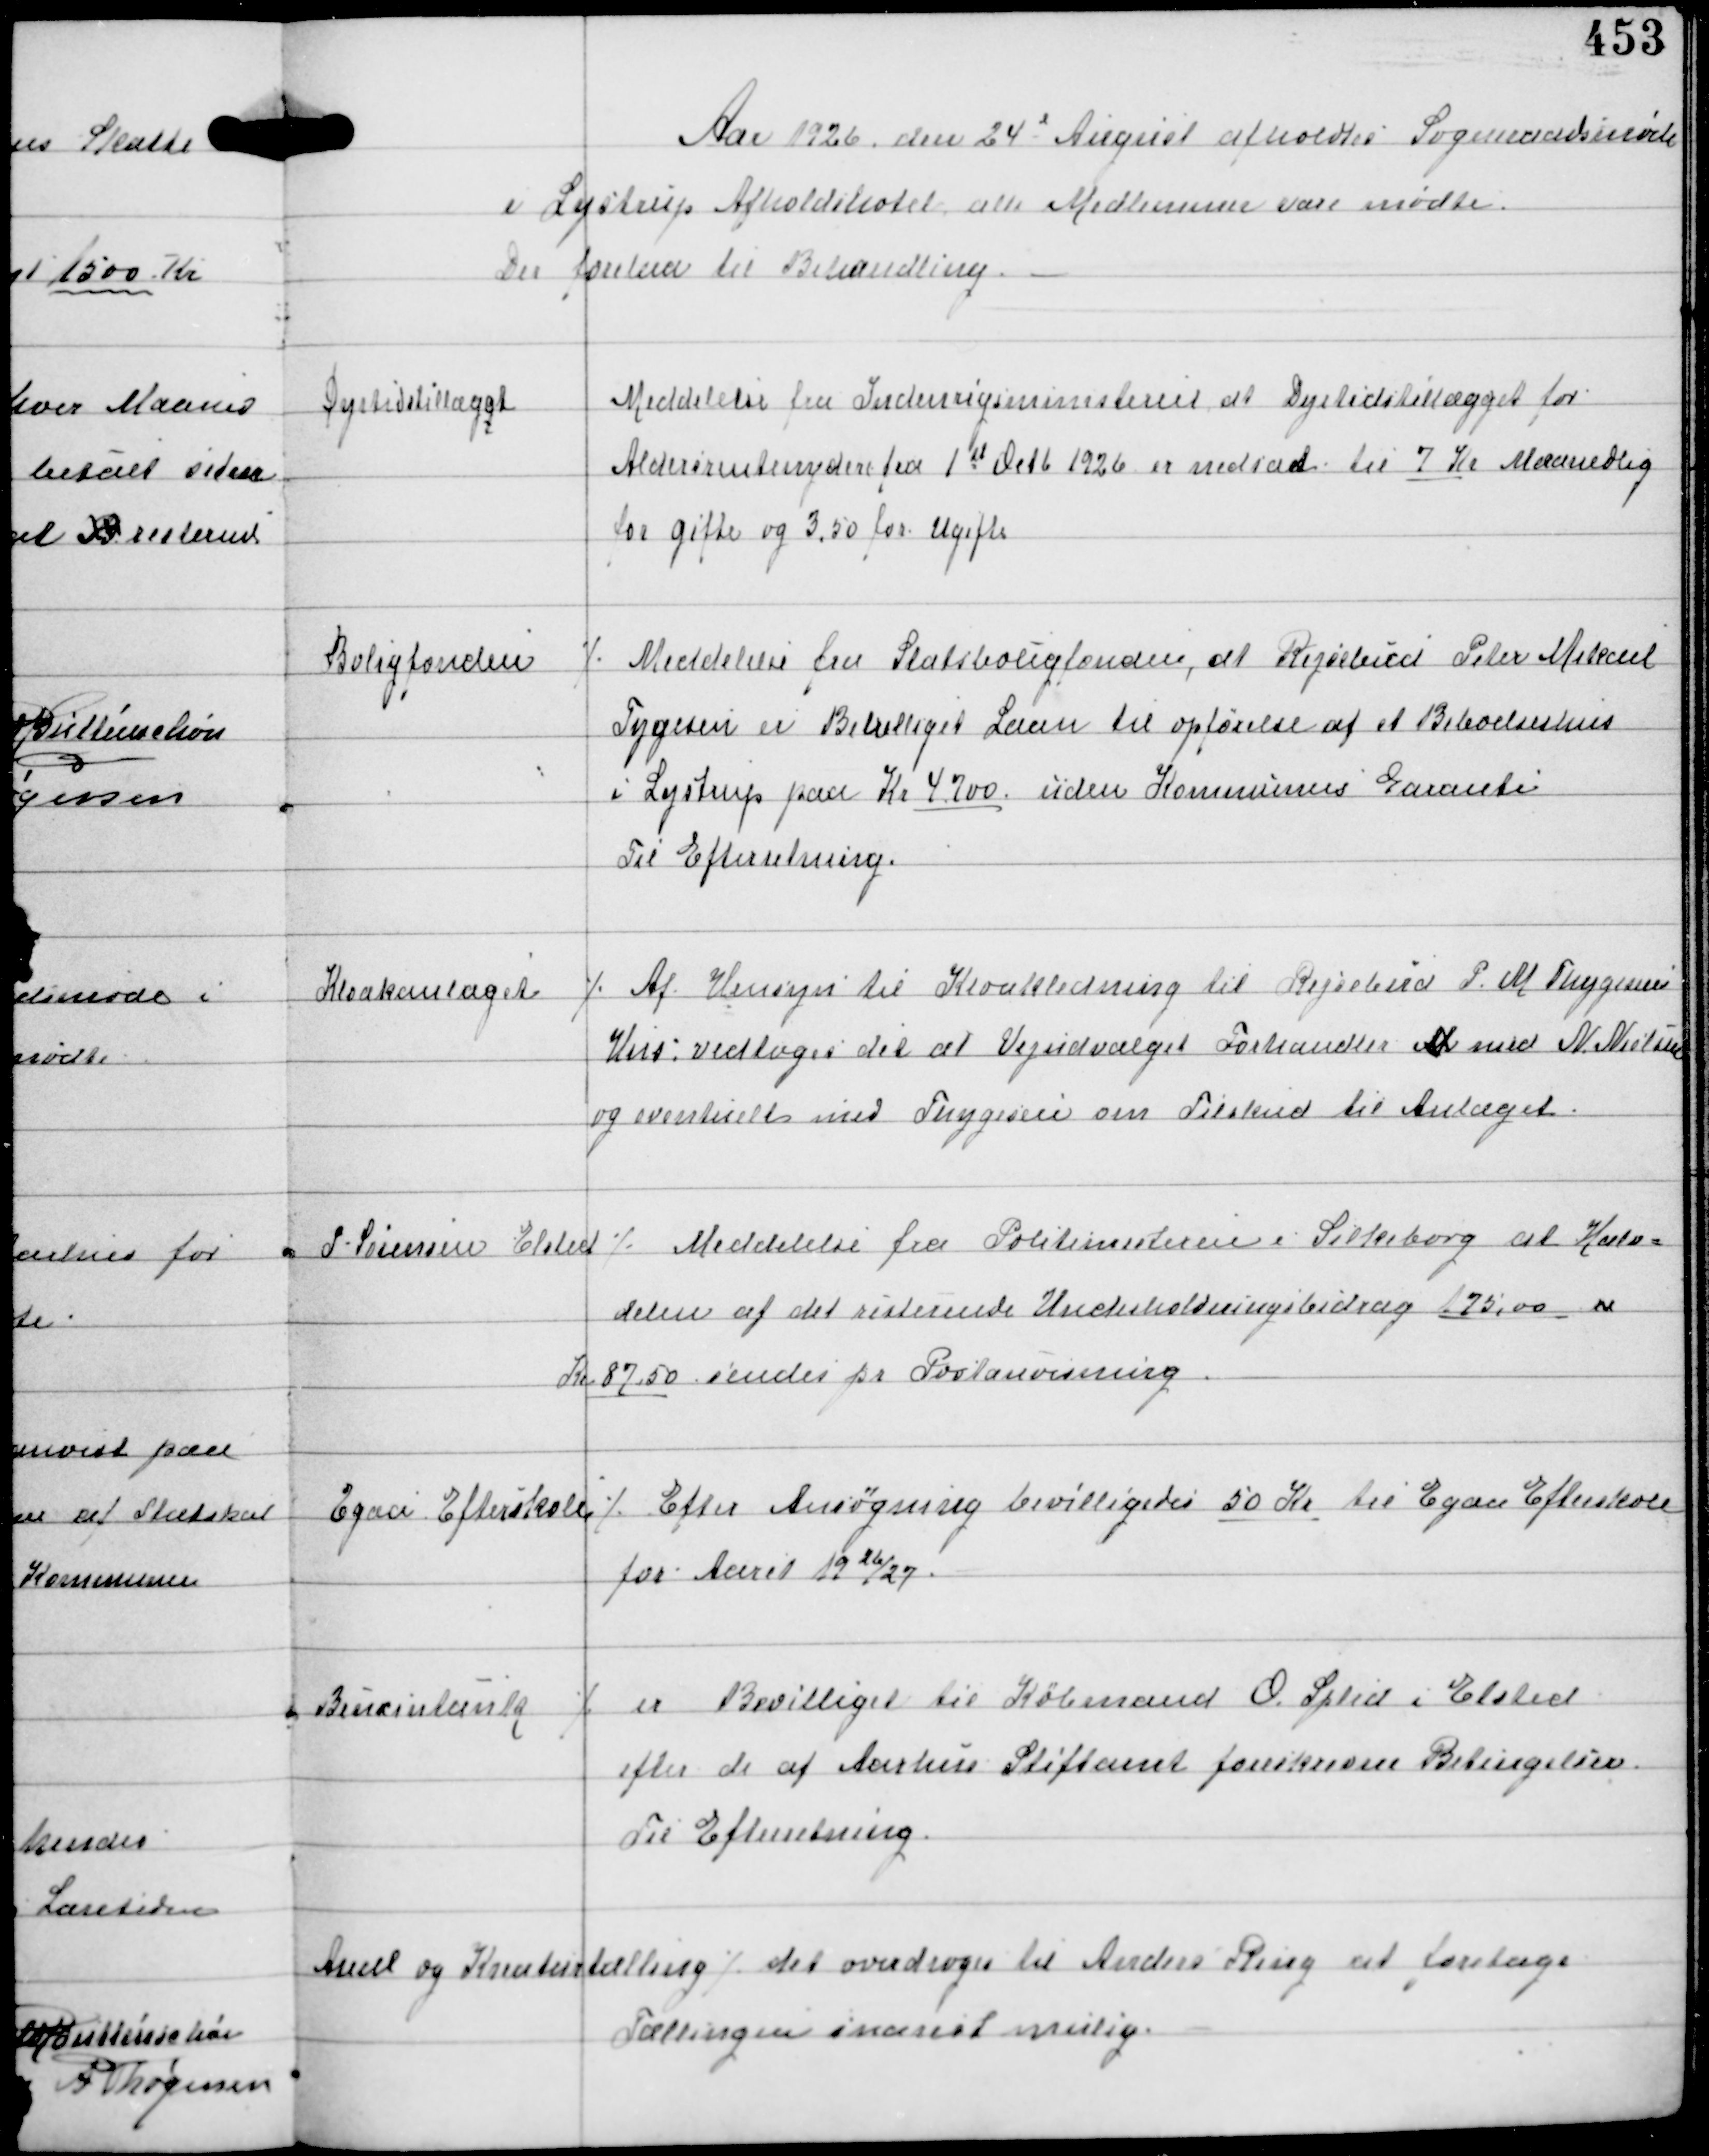
Transskription:
Aar 1926 den 24d August afholdtes Sogneraadsmøde
i Lystrup Afholdshotel, alle Medlemmer vare mødte.
Der forelaa til Behandling

Dyrtidstillægget

Meddelse fra Indenrigsministeriet at Dyrtidstillægget for
Aldersrentenydere fra 1st Octb 1926 er nedsat til 7 Kr Maanedlig
for gifte og 3,50 for Ugifte

Boligfonden

⁒ Meddelelse fra Statsboligfonden, at Rejsebud Peter Mikael
Tygesen er Bevilliget Laan til Opførelse af et Beboelseshus
i Lystrup paa Kr 4700 uden Kommunens Garanti
Til Efterretning.

Kloakanlæget

⁒ Af Hensyn til Kloakledning til Rejsebud P. M. Thygesens
Hus vedtoges det at Vejudvalget Forhandler M med N Nielsen
og eventuelt med Thygesen om Tilskud til Anlæget

P. Sørensen Elsted

⁒ Meddelelse fra Politimesteren i Silkeborg at Halv-
delen af det resterende Underholdningsbidrag 175,00 er
Kr 87,50 sendes pr Postanvisning

Egaa Efterskole

⁒ Efter Ansøgning bevilligedes 50 Kr til Egaa Eterskole
for Aaret 1926/27.

Benzintank

⁒ er Bevilliget til Købmand O. Splid i Elsted
efter de af Aarhus Stiftamt foreskrevne Betingelser
Til Efterretning

Areal og Kreaturtælling
⁒ det overdroges til Anders Ring at foretage
Tællingen snarest mulig.